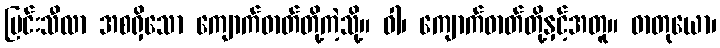
မြင်းသီလာ အစရှိသော ကျောက်ဓာတ်တို့ကဲ့သို့။ ဝါ၊ ကျောက်ဓာတ်တို့နှင့်အတူ။ ဓာတုယော၊